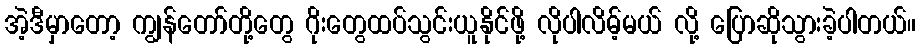
အဲ့ဒီမှာတော့ ကျွန်တော်တို့တွေ ဂိုးတွေထပ်သွင်းယူနိုင်ဖို့ လိုပါလိမ့်မယ် လို့ ပြောဆိုသွားခဲ့ပါတယ်။